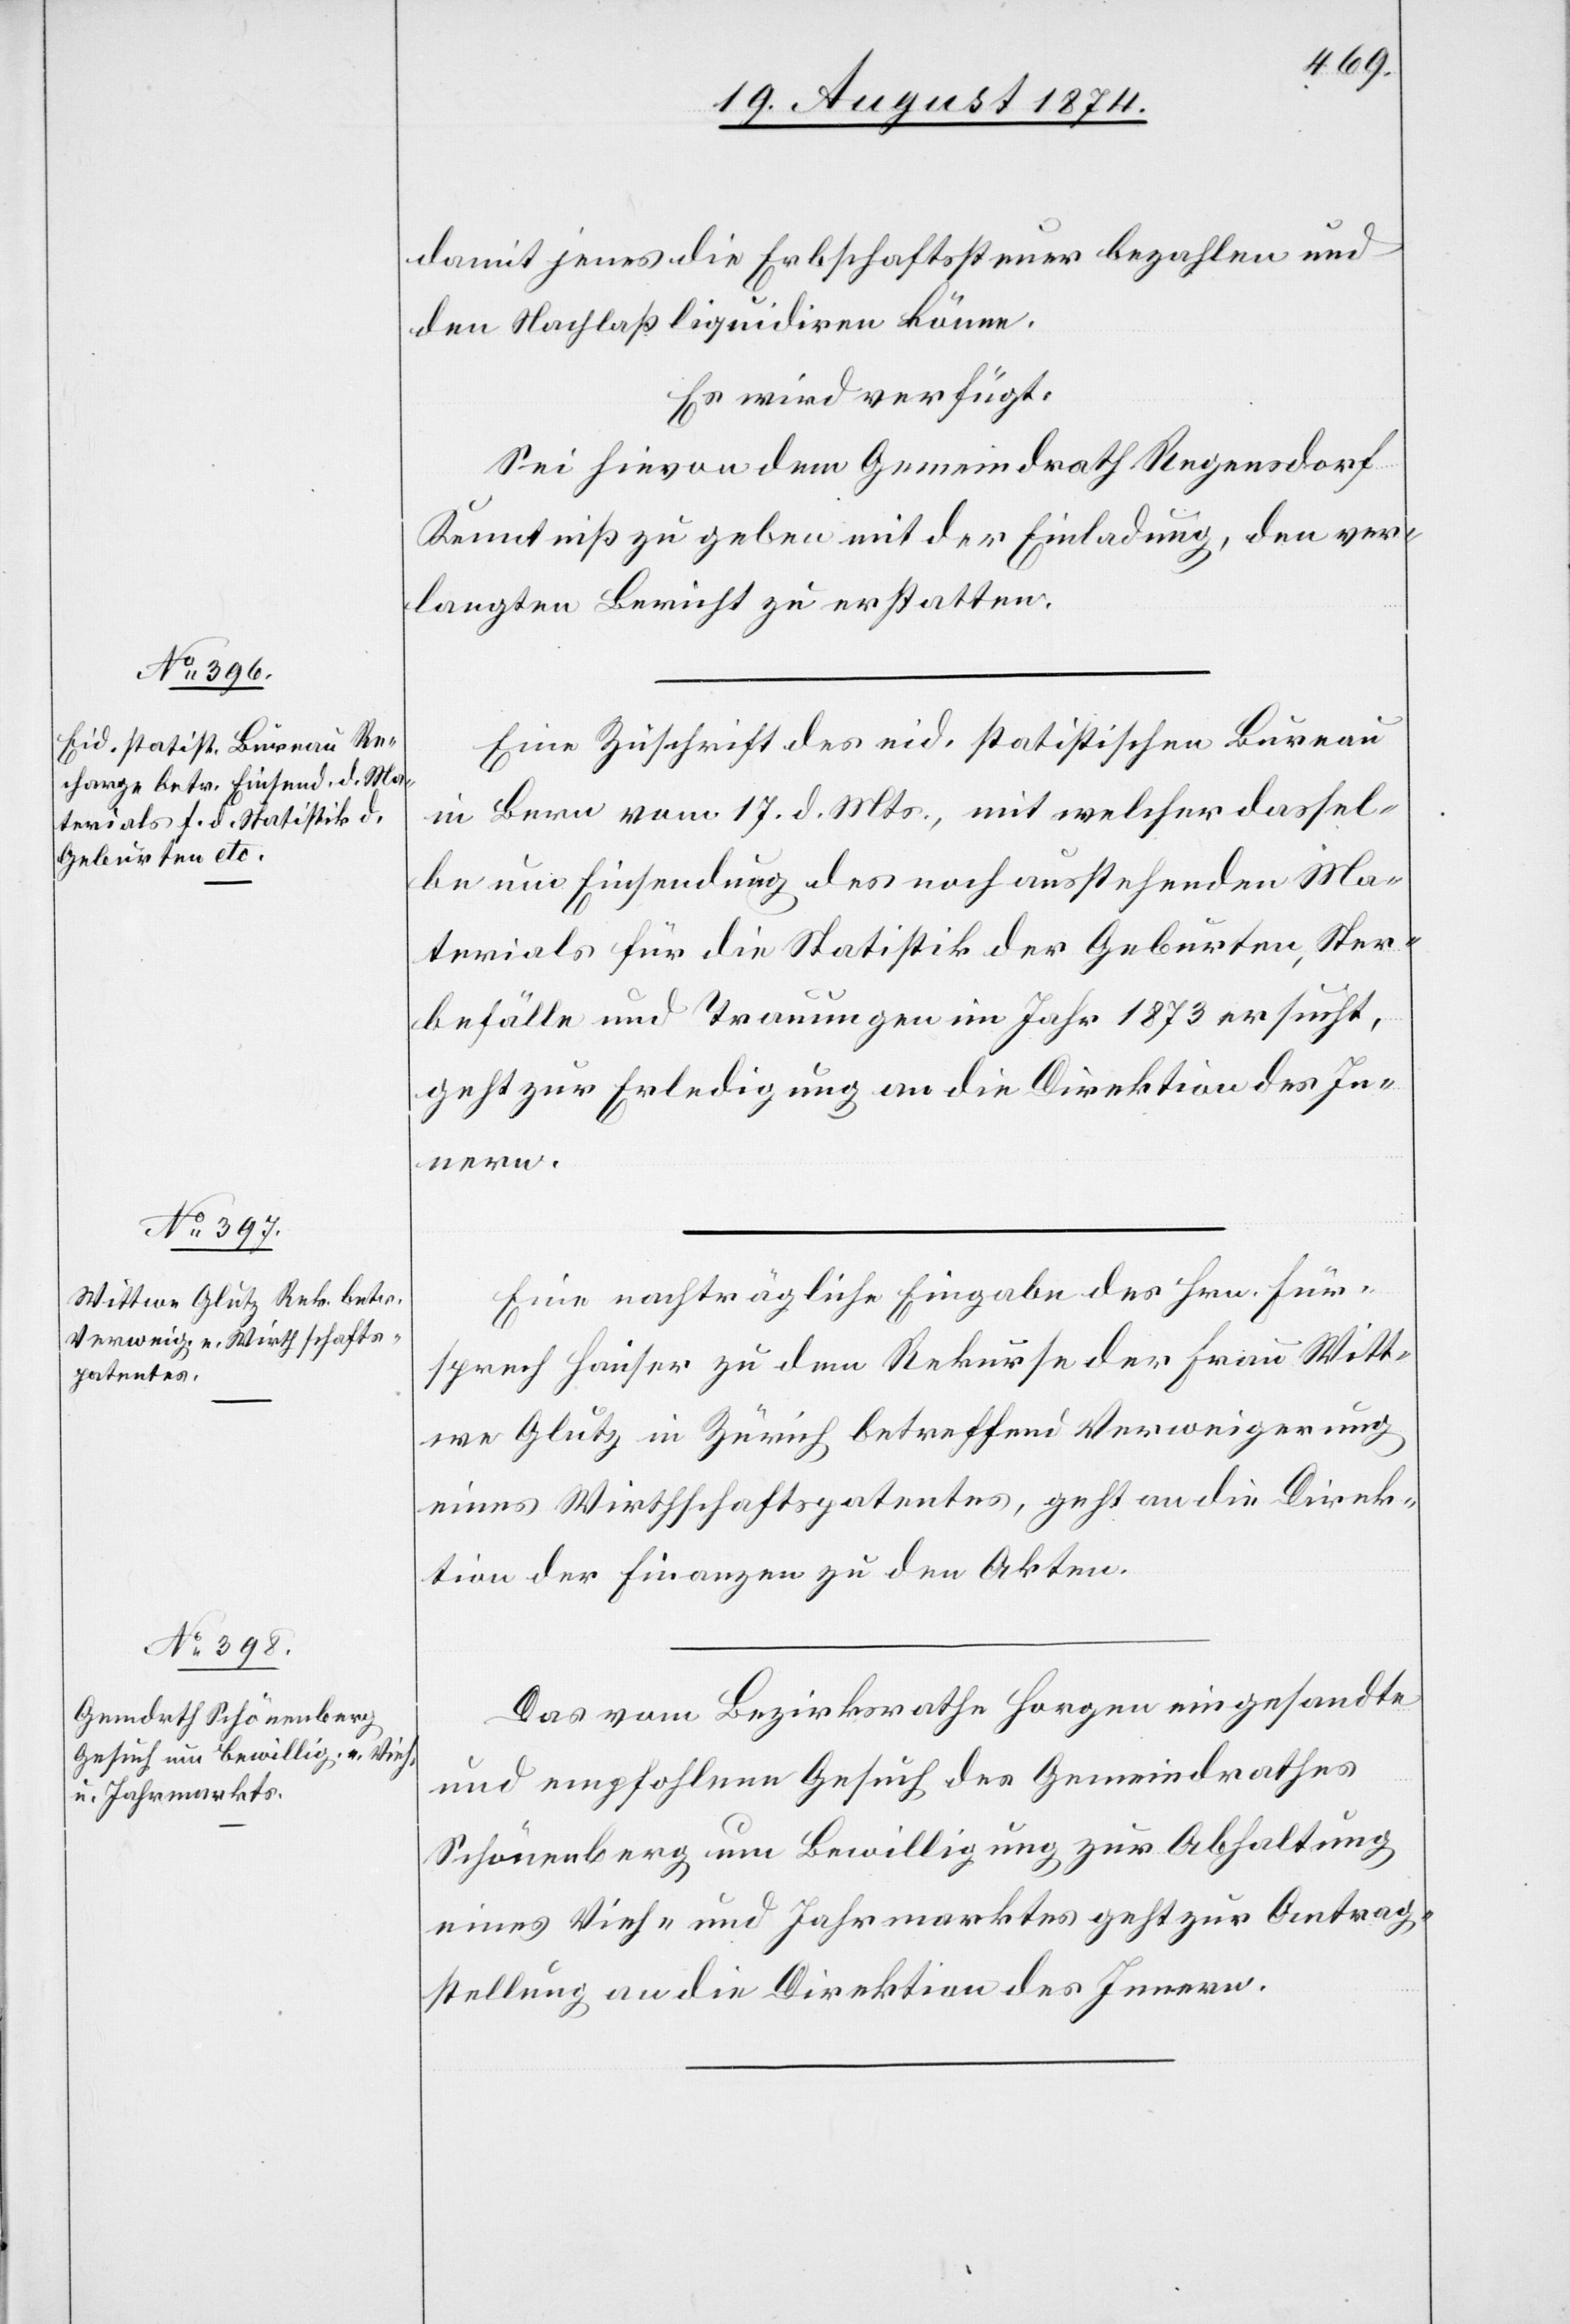
19. August 1874.]
damit jenes die Erbschaftssteuer bezahlen und
den Nachlaß liquidiren könne.
Es wird verfügt:
Sei hievon dem Gemeindrath Regensdorf
Kenntniß zu geben mit der Einladung, den ver¬
langten Bericht zu erstatten.
Eine Zuschrift des eid. statistischen Bureau
in Bern vom 17. d. Mts., mit welcher dassel¬
be um Einsendung des noch ausstehenden Ma¬
terials für die Statistik der Geburten, Ster¬
befälle und Trauungen im Jahr 1873 ersucht,
geht zur Erledigung an die Direktion des In¬
nern.
Eine nachträgliche Eingabe des Hrn. Für¬
sprech Hauser zu dem Rekurse der Frau Witt¬
we Glutz in Zürich betreffend Verweigerung
eines Wirthschaftspatentes, geht an die Direk¬
tion der Finanzen zu den Akten.
Das vom Bezirksrathe Horgen eingesandte
und empfohlene Gesuch des Gemeindrathes
Schönenberg um Bewilligung zur Abhaltung
eines Vieh- und Jahrmarktes geht zur Antrag¬
stellung an die Direktion des Innern.